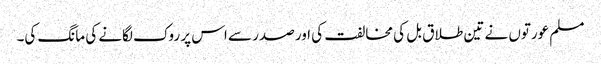
مسلم عورتوں نے تین طلاق بل کی مخالفت کی اور صدر سے اس پر روک لگانے کی مانگ کی۔